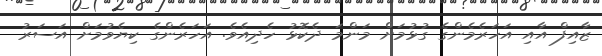
ޒާއިފް އާއި އަހަރެމެންގެ ގުޅުމަށް މަންމަ ދެކޮޅު ހެދިއެވެ. އަހަރެންގެ ކިޔެވުމަށް އަސަރު